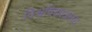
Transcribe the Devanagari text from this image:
विश्वविद्याअलय